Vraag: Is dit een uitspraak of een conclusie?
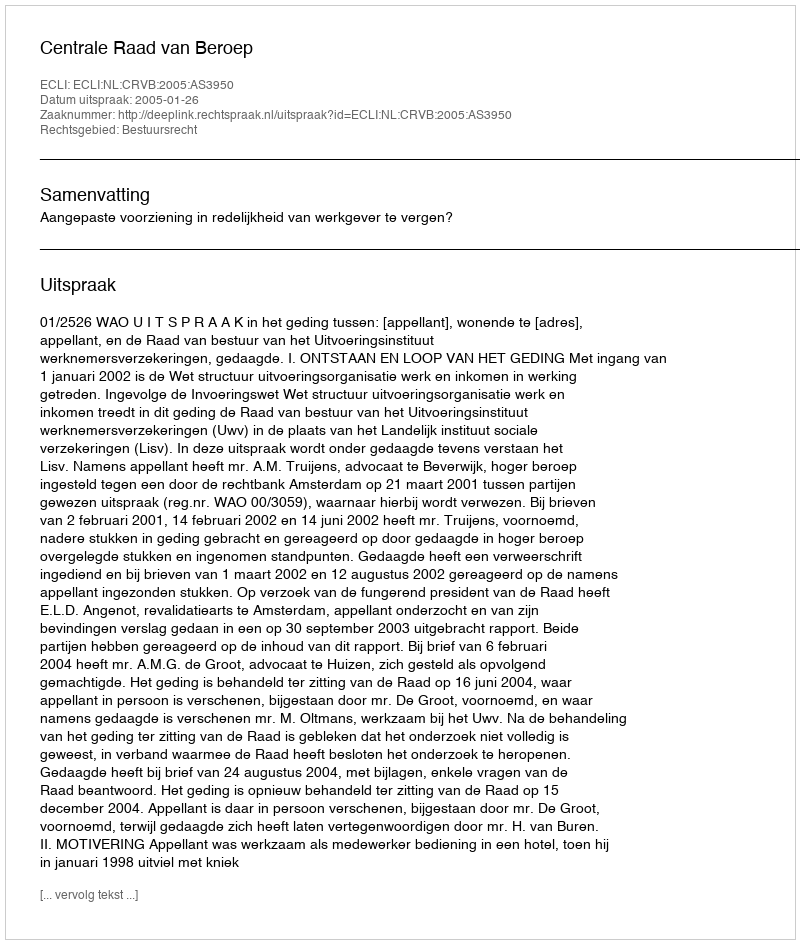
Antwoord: Uitspraak